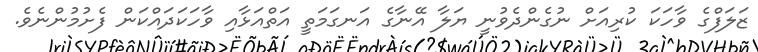
ޒަލަފްގެ ވާހަކަ ކުރިއަށް ނުގެންދެވުނީ ޔަލާ އޭނާގެ އަނގަމަތީ އަތްއަޅާއި ވާހަކަދައްކަން ފެށުމުންނެވެ.